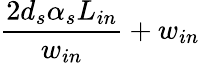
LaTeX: \frac{2d_{s}\alpha_{s}L_{in}}{w_{in}}+w_{in}